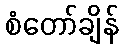
စံတော်ချိန်